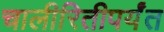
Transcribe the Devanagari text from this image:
चालीरितीपर्यंत